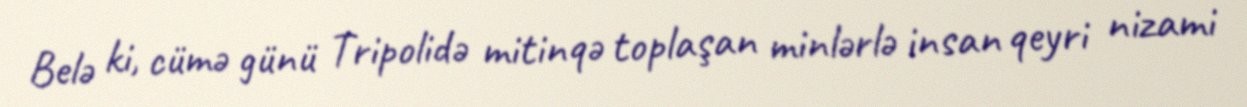
Belə ki, cümə günü Tripolidə mitinqə toplaşan minlərlə insan qeyri nizami